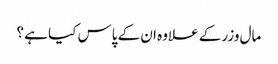
مال وزر کے علاوہ ان کے پاس کیا ہے ؟